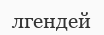
лгендей